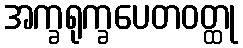
အက္ခရုက္ခပေတဝတ္ထု